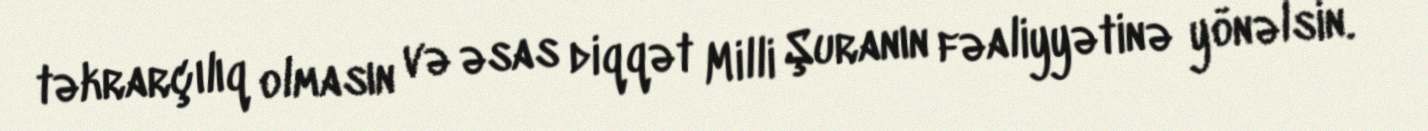
təkrarçılıq olmasın və əsas diqqət Milli Şuranın fəaliyyətinə yönəlsin.